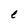
Character: e